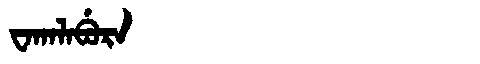
Manchu: ᠸᠠᡴᠠᠯᠠᠪᡠᡵᠠ
Romanization: WAKALABURA